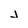
Character: j